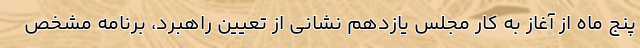
پنج ماه از آغاز به کار مجلس یازدهم نشانی از تعیین راهبرد، برنامه مشخص